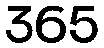
365